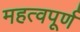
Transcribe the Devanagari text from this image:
महत्‍वपूर्ण